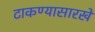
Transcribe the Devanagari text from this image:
टाकण्यासारखे